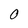
Character: 0